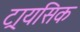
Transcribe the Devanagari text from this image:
ट्रायसिक